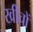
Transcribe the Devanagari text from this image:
खींचों